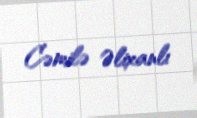
Cəmilə Əlixanlı